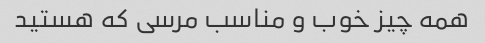
همه چیز خوب و مناسب مرسی که هستید